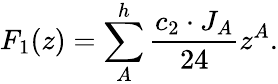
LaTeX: F_{1}(z)=\sum_{A}^{h}{\frac{c_{2}\cdot J_{A}}{24}}z^{A}.